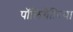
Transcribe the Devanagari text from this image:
पॉलिग्रैफ़िया